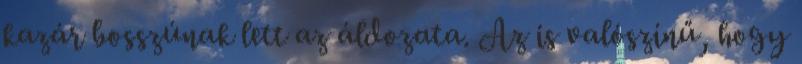
kazár bosszúnak lett az áldozata. Az is valószínű, hogy